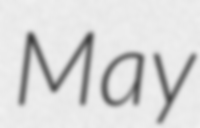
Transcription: May